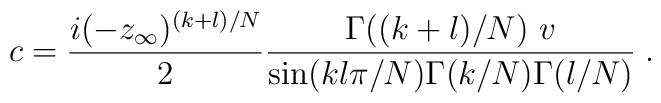
c={i(-z_\infty)^{(k+l)/N} \over 2} {\Gamma ((k+l)/N)~v  \over\sin (k l \pi/N) \Gamma (k/N) \Gamma (l/N)}\;.